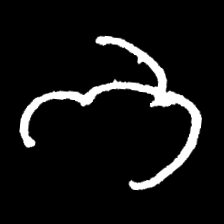
Pyu character \u2014 Myanmar letter: ဘ (romanized: bha)